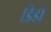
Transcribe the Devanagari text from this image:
डिडो